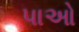
પાઓ